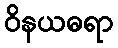
ဝိနယဓရာ